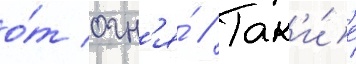
о́т огн'я́ // Так'и́е